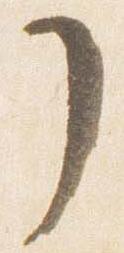
了